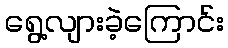
ရွေ့လျားခဲ့ကြောင်း